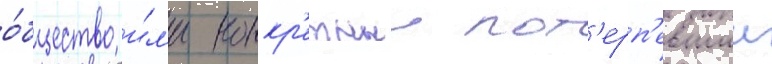
о́бщество и́л'и конкр'етныи пот'ерп'евшии